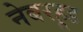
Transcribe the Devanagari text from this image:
नेबरहूड